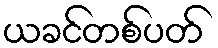
ယခင်တစ်ပတ်